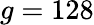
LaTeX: g=128